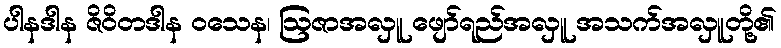
ပါနဒါန ဇိဝိတဒါန ဝသေန၊ ဩဇာအလှူ ဖျော်ရည်အလှူ အသက်အလှူတို့၏